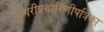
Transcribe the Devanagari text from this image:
नागरीप्रचारिणीपत्रिका